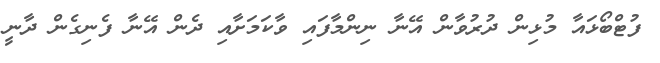
ފުޓްބޯޅައާ މުޅިން ދުރުވާން އޭނާ ނިންމާފައި ވާކަމަށާއި ދެން އޭނާ ފެނިގެން ދާނީ